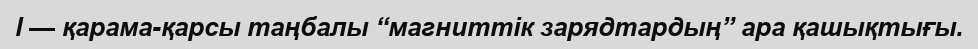
l — қарама-қарсы таңбалы “магниттік зарядтардың” ара қашықтығы.